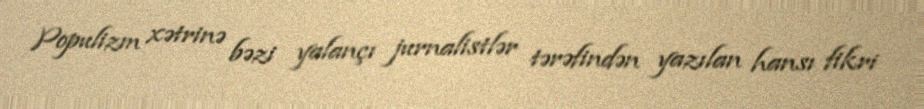
Populizm xətrinə bəzi yalançı jurnalistlər tərəfindən yazılan hansı fikri